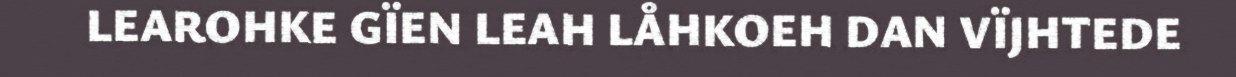
LEAROHKE GÏEN LEAH LÅHKOEH DAN VÏJHTEDE